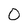
Character: 0